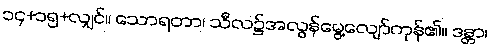
၁၄+၁၅+လျှင်။ သောရတာ၊ သီလ၌အလွန်မွေ့လျော်ကုန်၏။ ဒန္တာ၊